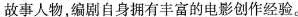
故事人物编剧自身拥有丰富的电影创作经验。